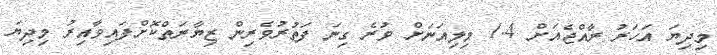
މިދިޔަ އަހަރު ރާއްޖެއަށް 1.4 މިލިއަނަށް ވުރެ ގިނަ ފަތުރުވެރިން ޒިޔާރަތްކޮށްފައިވާއިރު މިދިޔަ